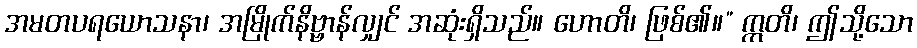
အမတပရယောသနာ၊ အမြိုက်နိဗ္ဗာန်လျှင် အဆုံးရှိသည်။ ဟောတိ၊ ဖြစ်၏။” ဣတိ၊ ဤသို့သော